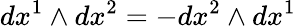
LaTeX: dx^{1}\wedge dx^{2}=-dx^{2}\wedge dx^{1}